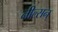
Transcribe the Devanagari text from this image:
नील्सन्